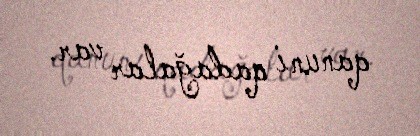
qanuni qadağalar var.